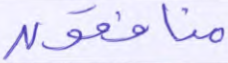
منافقون